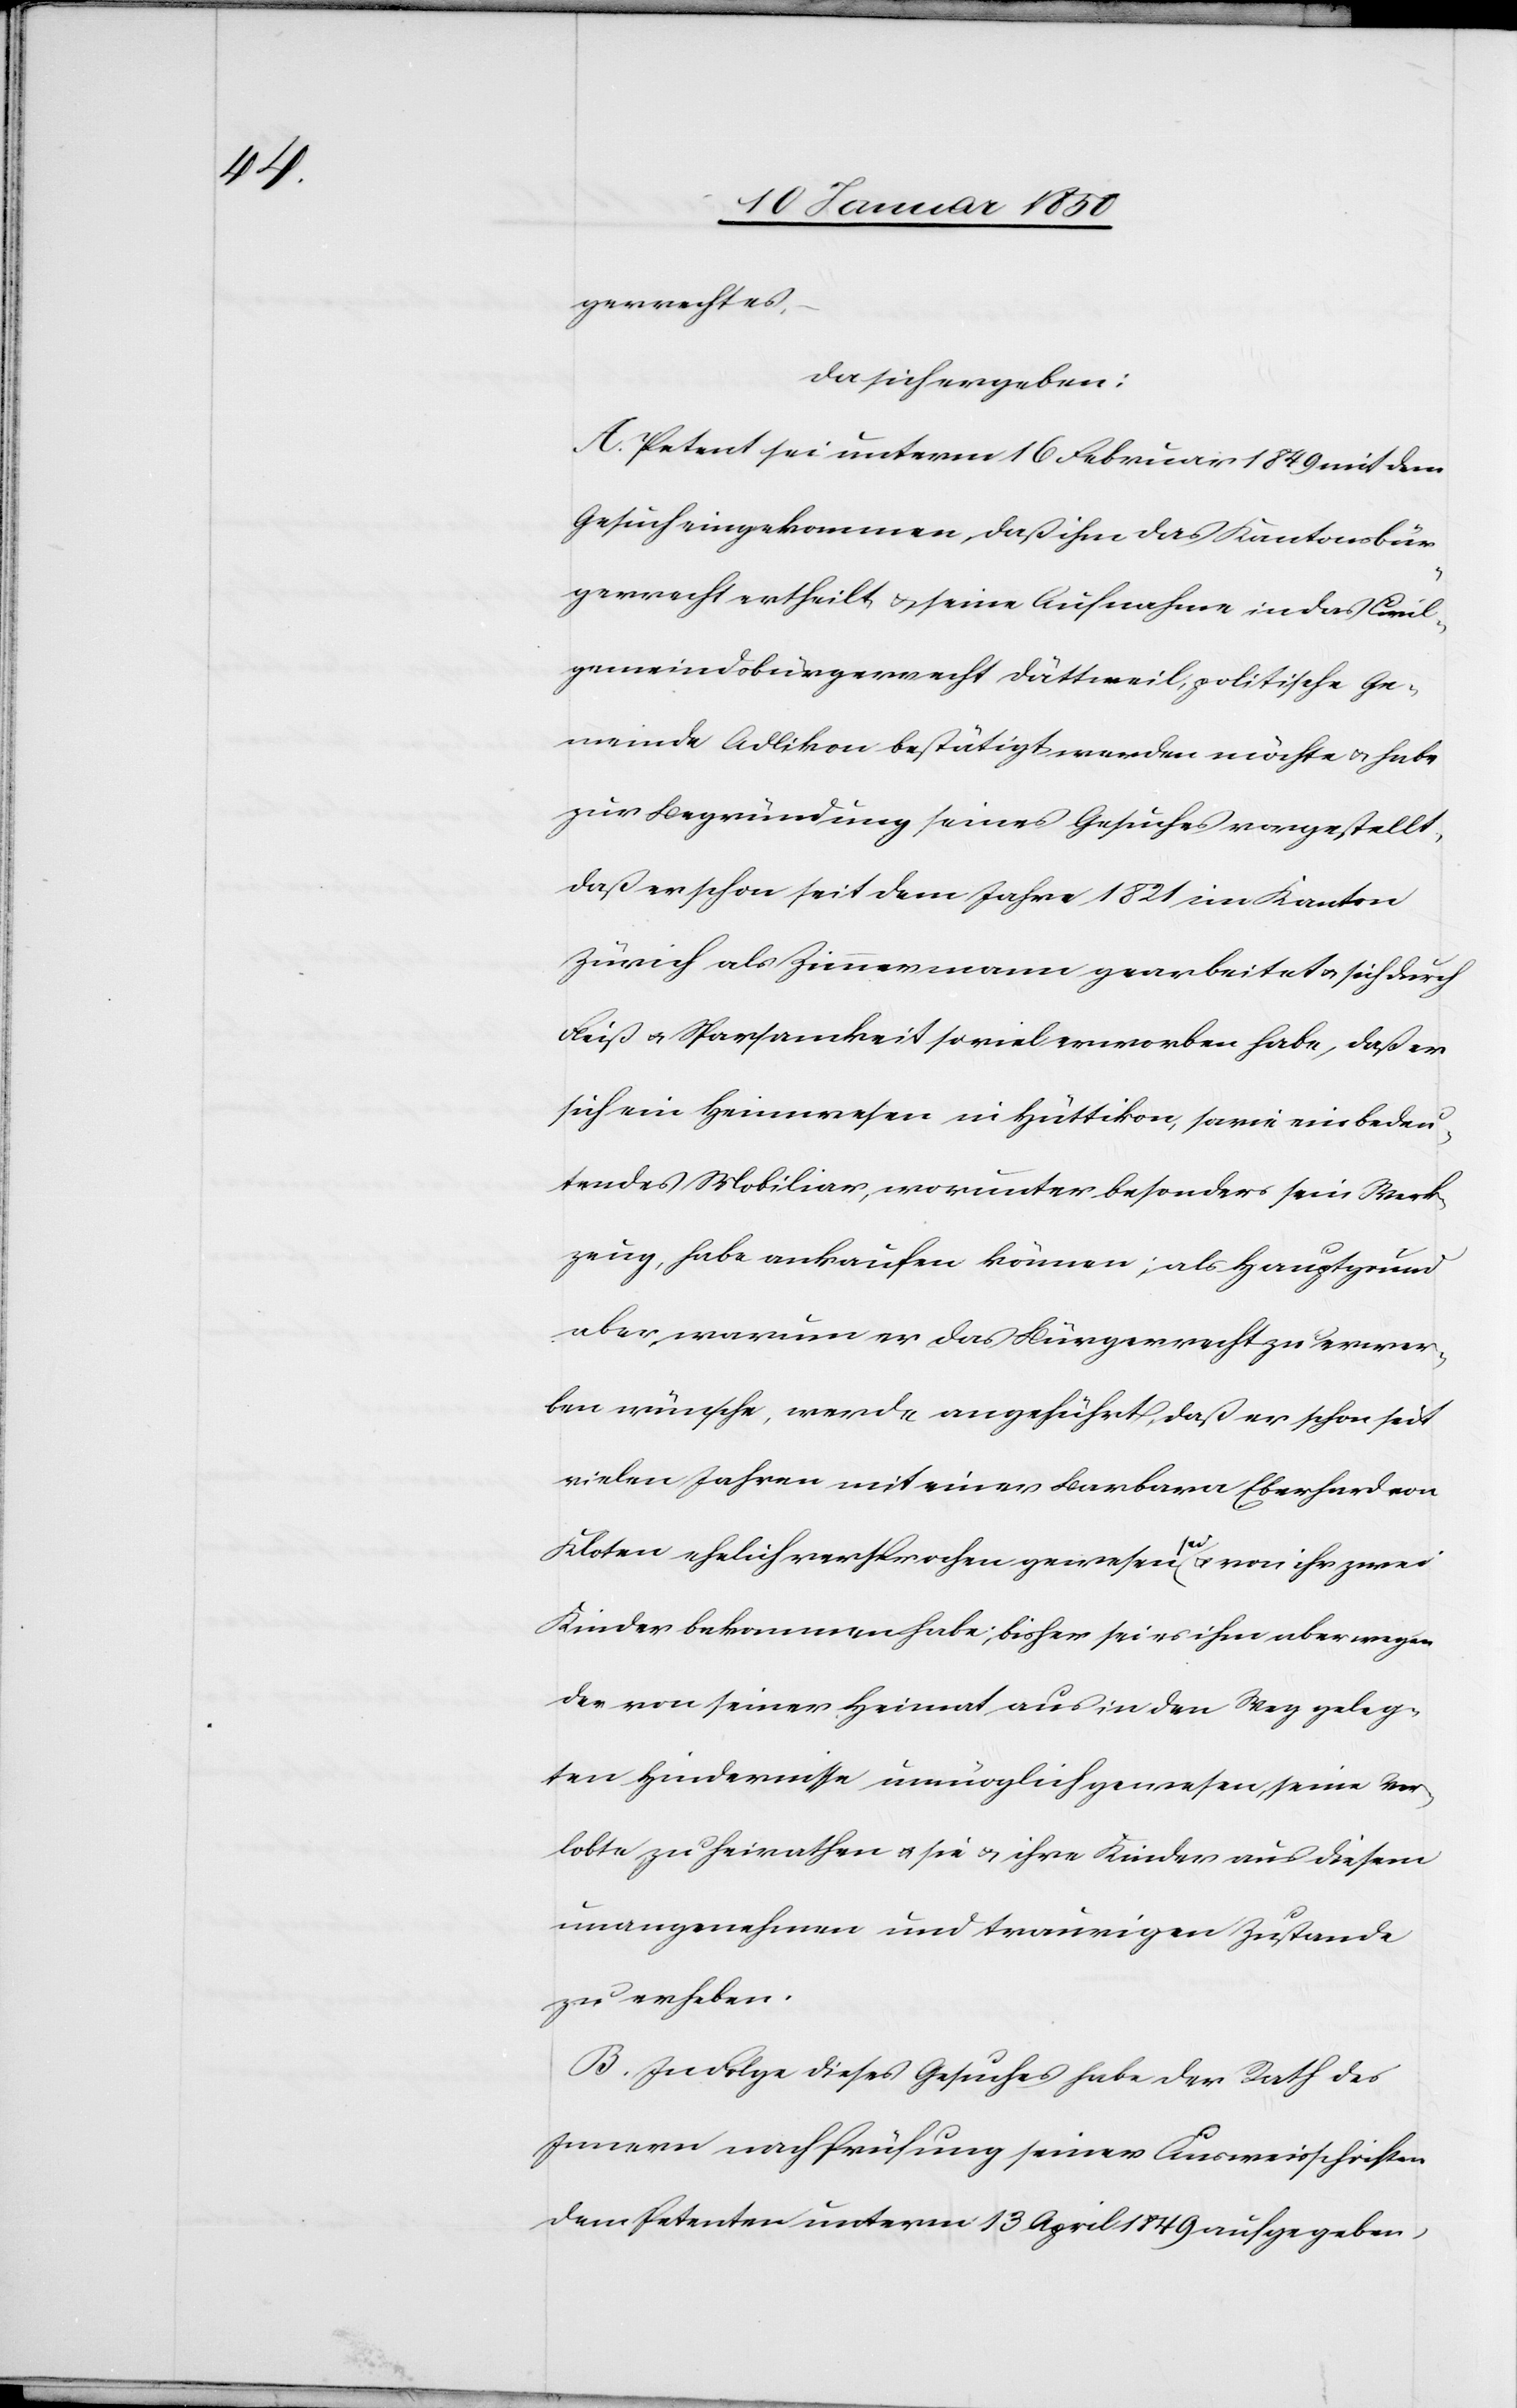
gerrechtes,
da sich ergeben:
A. Petent sei unterm 16 Februar 1849 mit dem
Gesuch eingekommen, daß ihm das Kantonsbür¬
gerrecht ertheilt u. seine Aufnahme in das Civil¬
gemeindsbürgerrecht Dättweil, politische Ge¬
meinde Adlikon bestätigt werden möchte u. habe
zur Begründung seines Gesuches vorgestellt,
daß er schon seit dem Jahre 1831 im Kanton
Zürich als Zimmermann gearbeitet u. sich durch
Fleiß u. Sparsamkeit so viel erworben habe, daß er
sich ein Heimwesen in Hüttikon, sowie ein bedeu¬
tendes Mobiliar, worunter besonders sein Werk¬
zeug, habe ankaufen können; als Hauptgrund
aber warum er das Bürgerrecht zu erwer¬
ben wünsche, werde angeführt, daß er schon seit
vielen Jahren mit einer Barbara Eberhard von
Kloten ehelich versprochen gewesen sei u. von ihr zwei
Kinder bekommen habe; bisher sei es ihm aber wegen
der von seiner Heimat aus in den Weg geleg¬
ten Hindernisse unmöglich gewesen, seine Ver¬
lobte zu heirathen u. sie u. ihre Kinder aus diesem
unangenehmen und traurigen Zustande
zu erheben.
B. In Folge dieses Gesuches habe der Rath des
Innern nach Prüfung seiner Ausweisschriften
dem Petenten unterm 13 April 1849 aufgegeben,